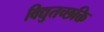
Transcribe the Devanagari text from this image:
विद्युतच्छक्ति